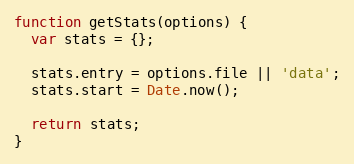
Language: JavaScript
function getStats(options) {
  var stats = {};

  stats.entry = options.file || 'data';
  stats.start = Date.now();

  return stats;
}